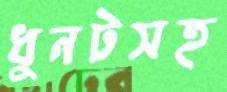
ধুনটসহ